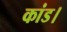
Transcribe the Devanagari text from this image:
कांड।